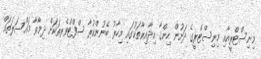
މިނިސްޓްރީއާއި މިނިސްޓްރީގެ ދަށުން ހިންގާ އިދާއިރާތަކުގައި މިހާރު ބޭނުންކުރާ ސްފްޓްވެރތަކަށް ދިމާވާ މައްސަލަތައް